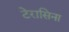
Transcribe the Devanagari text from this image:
टेरासिना